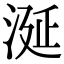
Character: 涎